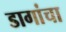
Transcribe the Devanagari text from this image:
डागांचा